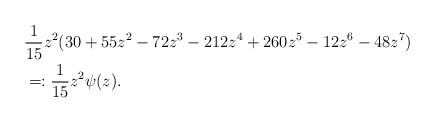
\begin{align*}&\frac{1}{15} z^2 (30+55z^{2}-72z^{3}-212z^{4}+260z^{5} -12z^6-48z^7)\\&=:\frac{1}{15} z^2 \psi(z).\end{align*}